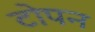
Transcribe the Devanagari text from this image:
टोपन